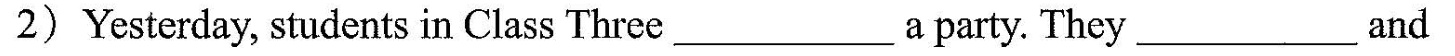
2) Yesterday students in Class Three ___ a party. They ___ and